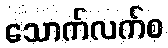
သောက်လက်စ